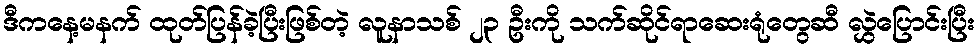
ဒီကနေ့မနက် ထုတ်ပြန်ခဲ့ပြီးဖြစ်တဲ့ လူနာသစ် ၂၃ ဦးကို သက်ဆိုင်ရာဆေးရုံတွေဆီ လွှဲပြောင်းပြီး